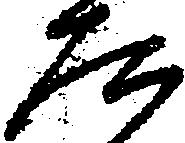
た